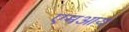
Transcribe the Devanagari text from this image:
एमआय